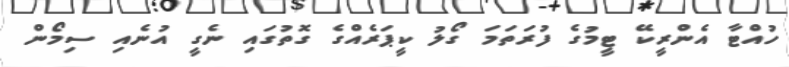
ހުއްޓާ އެންރީކޭ ޓީމުގެ ފުރަތަމަ ގޯލު ކީޕަރެއްގެ ގޮތުގައި ނެގީ އުނެއި ސިމޯން